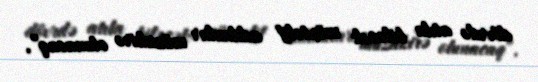
dövrdə atıla biləcək müxtəlif addımlar müzakirə olunacaq”.